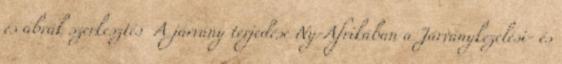
és ábrák szerkesztés A járvány terjedése Ny-Afrikában a Járványkezelési- és